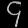
Digit: ၄